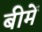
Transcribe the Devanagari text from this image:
बीमें